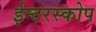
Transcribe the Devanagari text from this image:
ईन्टरस्कोप